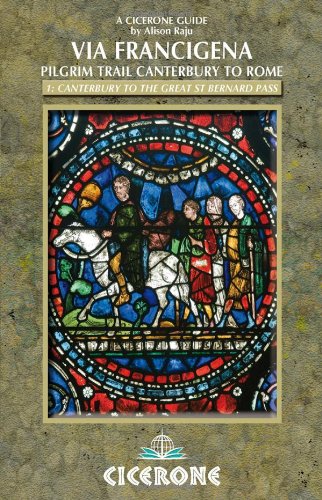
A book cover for The Via Francigena Canterbury to Rome - Part 1: Canterbury to the Great St Bernard Pass (Cicerone Guides); Alison Raju; Travel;